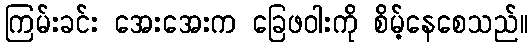
ကြမ်းခင်း အေးအေးက ခြေဖဝါးကို စိမ့်နေစေသည်။